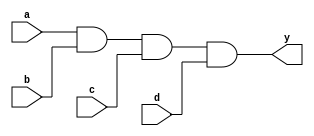
module four_input_and_gate (
    input a,
    input b,
    input c,
    input d,
    output y
);

assign y = a & b & c & d;

endmodule